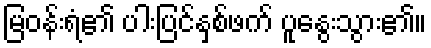
မြဝန်းရံ၏ ပါးပြင်နှစ်ဖက် ပူနွေးသွား၏။